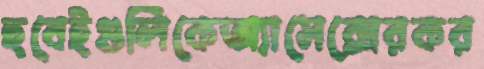
হুবেইগুলিকেঅ্যাসেক্সেরকর